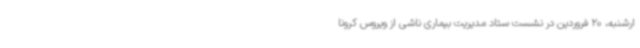
ارشنبه، 20 فروردین در نشست ستاد مدیریت بیماری ناشی از ویروس کرونا